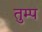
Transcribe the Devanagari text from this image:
तुम्प